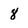
Character: 8